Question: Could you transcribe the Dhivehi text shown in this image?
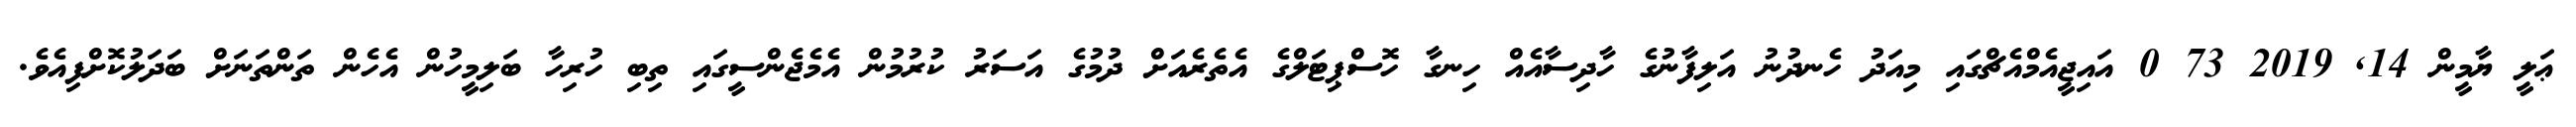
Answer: ޢަލީ ޔާމީން 14, 2019 73 0 އައިޖީއެމްއެޗްގައި މިއަދު ހެނދުނު އަލިފާނުގެ ހާދިސާއެއް ހިނގާ ހޮސްޕިޓަލްގެ އެތެރެއަށް ދުމުގެ އަސަރު ކުރުމުން އެމެޖެންސީގައި ތިބި ހުރިހާ ބަލިމީހުން އެހެން ތަންތަނަށް ބަދަލުކޮށްފިއެވެ.